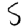
Digit: 5